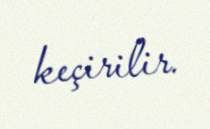
keçirilir.